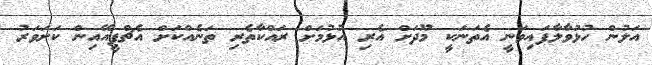
އަލުން ހުޅުވާލާފައިވަނީ އެތަނަކީ މޫދަށް އެރި އުޅުމަށް ރައްކާތެރި ތަނެއްކަށް އެޗްޕީއޭއިން ކަށަވަރު